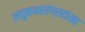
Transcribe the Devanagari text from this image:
लघुकथासंग्रहांसह